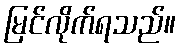
မြင်လိုက်ရသည်။